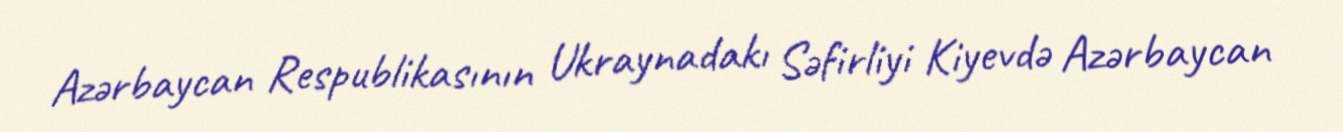
Azərbaycan Respublikasının Ukraynadakı Səfirliyi Kiyevdə Azərbaycan